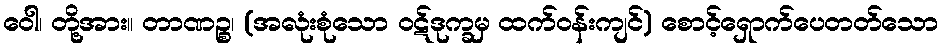
ဝေါ၊ တို့အား။ တာဏဉ္စ၊ (အလုံးစုံသော ဝဋ်ဒုက္ခမှ ထက်ဝန်းကျင်) စောင့်ရှောက်ပေတတ်သော